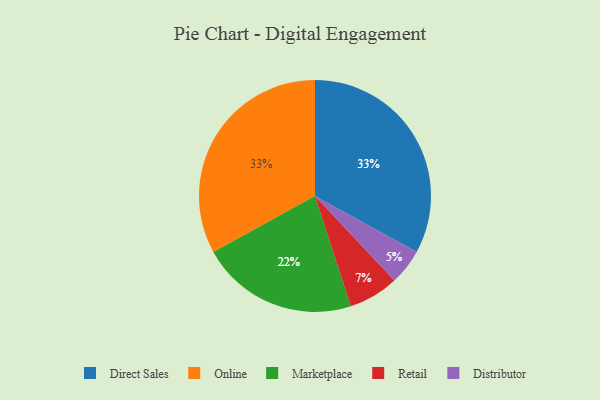
{"axis": {"x": "Category", "y": "Percentage"}, "legend": ["Direct Sales", "Distributor", "Marketplace", "Online", "Retail"], "data": [{"x": "Distributor", "y": 5, "type": "Distributor"}, {"x": "Marketplace", "y": 22, "type": "Marketplace"}, {"x": "Direct Sales", "y": 33, "type": "Direct Sales"}, {"x": "Online", "y": 33, "type": "Online"}, {"x": "Retail", "y": 7, "type": "Retail"}]}